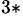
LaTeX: ^{3*}